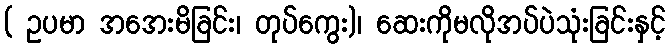
( ဥပမာ အအေးမိခြင်း၊ တုပ်ကွေး)၊ ဆေးကိုမလိုအပ်ပဲသုံးခြင်းနှင့်